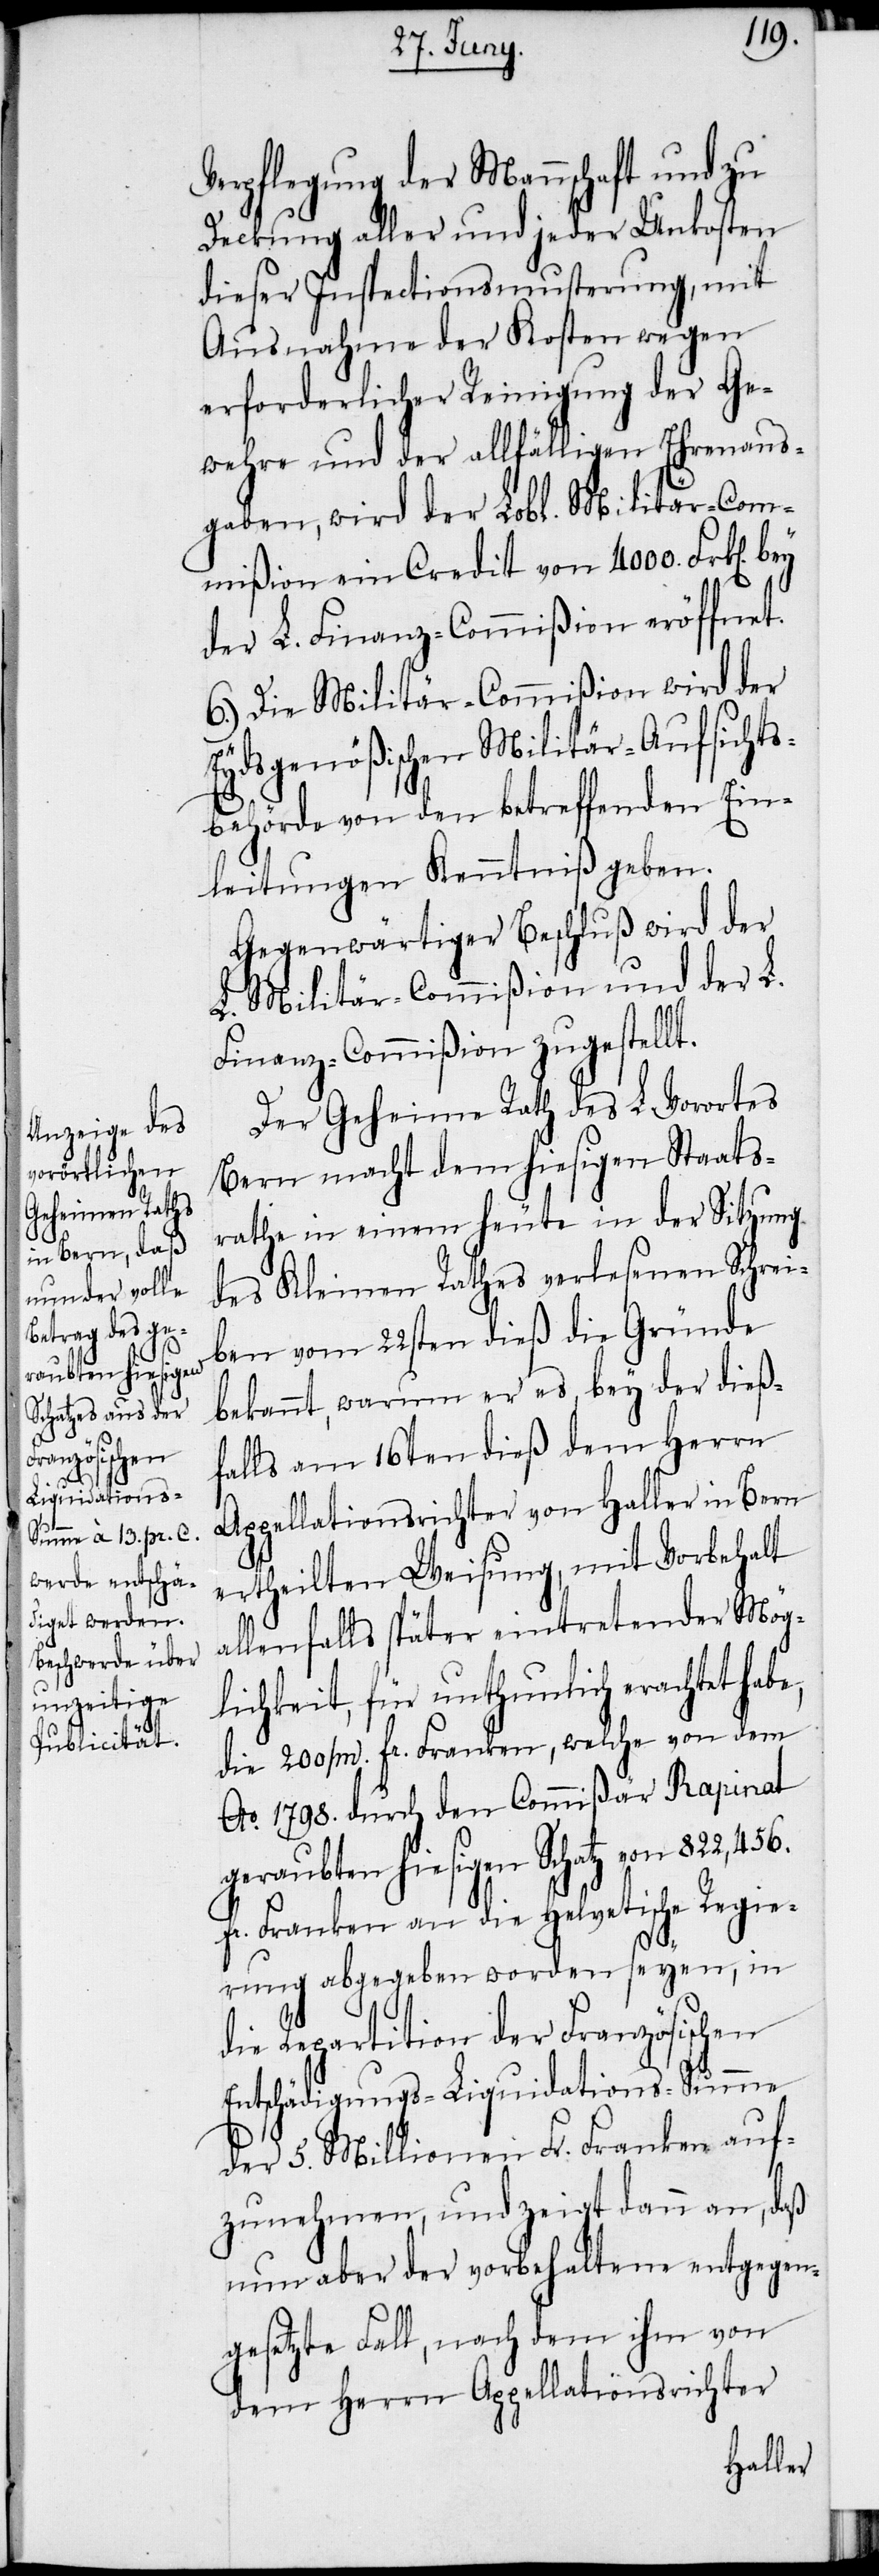
Verpflegung der Mannschaft und zu
Deckung aller und jeder Unkosten
dieser Inspectionsmusterung, mit
Ausnahme der Kosten wegen
erforderlicher Reinigung der Ge¬
wehre und der allfälligen Ehrenaus¬
gaben, wird der Lobl. Militär-Com¬
mißion ein Credit von 4000. Frk[en].
der L. Finanz-Commißion eröffnet.
6.) Die Militär-Commißion wird der
Eydsgenößischen Militär-Aufsichts¬
behörde von den betreffenden Ein¬
leitungen Kenntniß geben.
Gegenwärtiger Beschluß wird der
L. Militär-Commißion und der L.
Finanz-Commißion zugestellt.
Der Geheime Rath des L. Vorortes
Bern macht dem hiesigen Staats¬
rathe in einem heute in der Sitzung
des Kleinen Rathes verlesenen Schrei¬
ben vom 22sten dieß die Gründe
bekannt, warum er es, bey der dieß¬
falls am 16ten dieß dem Herrn
Appellationsrichter von Haller in Bern
ertheilten Weisung, mit Vorbehalt
allenfalls später eintretender Mög¬
lichkeit, für unthunlich erachtet habe
die 200000 fr. Franken, welche von dem
Ao. 1798. durch den Commißär Rapinat
geraubten hiesigen Schatz von 822,456.
fr. Franken an die Helvetische Regie¬
rung abgegeben worden seyen, in
die Repartition der Französischen
Entschädigungs-Liquidations-Summe
der 5. Millionen Fr. Franken auf¬
zunehmen, und zeigt dann an, daß
nun aber der vorbehaltene entgegen¬
gesetzte Fall, nach dem ihm von
dem Herrn Appellationsrichter